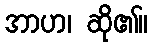
အာဟ၊ ဆို၏။